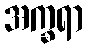
အက္ခရာ